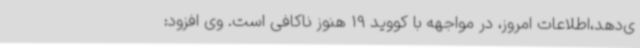
ی‌دهد،اطلاعات امروز، در مواجهه با کووید 19 هنوز ناکافی است. وی افزود: